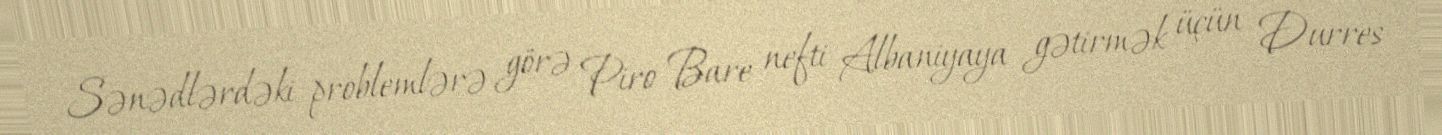
Sənədlərdəki problemlərə görə Piro Bare nefti Albaniyaya gətirmək üçün Durres